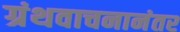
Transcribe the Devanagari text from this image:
ग्रंथवाचनानंतर